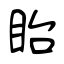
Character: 眙